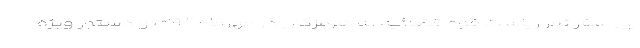
پی سفر ثمر ریاست قوه قضائیه به هرمزگان در مهرماه ۱۳۹۸ و دستور ویژه